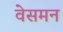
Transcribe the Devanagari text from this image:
वेसमन